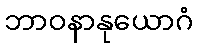
ဘာဝနာနုယောဂံ